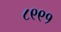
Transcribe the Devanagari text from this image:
८९९१